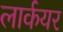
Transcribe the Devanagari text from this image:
लार्कयर